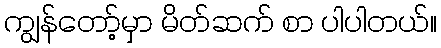
ကျွန်တော့်မှာ မိတ်ဆက် စာ ပါပါတယ်။